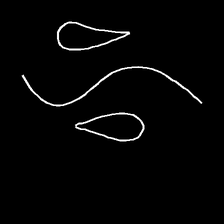
Glyph: water